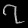
Digit: ၇